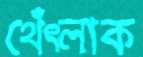
থেঁৎলাক